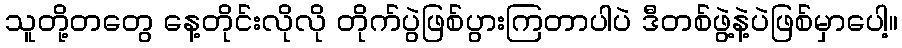
သူတို့တတွေ နေ့တိုင်းလိုလို တိုက်ပွဲဖြစ်ပွားကြတာပါပဲ ဒီတစ်ဖွဲ့နဲ့ပဲဖြစ်မှာပေါ့။